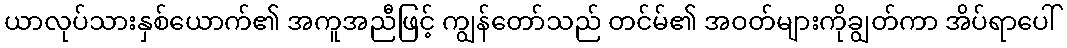
ယာလုပ်သားနှစ်ယောက်၏ အကူအညီဖြင့် ကျွန်တော်သည် တင်မ်၏ အဝတ်များကိုချွတ်ကာ အိပ်ရာပေါ်